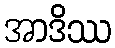
အာဒိဿ